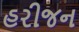
હરીજન